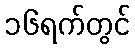
၁၆ရက်တွင်